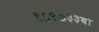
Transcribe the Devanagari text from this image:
१८९७३३बी